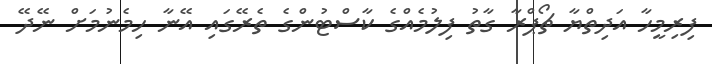
ފިރިމީހާ އަދިތްޔާ ޗޯޕްރާ ގާތު ފިލުމެއްގެ ކާސްޓުންގެ ތެރޭގައި އޭނާ ހިމެނުމަށް ނޭދޭ